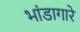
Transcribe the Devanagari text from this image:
भांडागारे